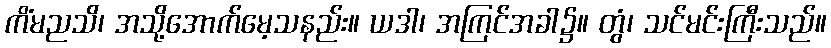
ကိံမညသိ၊ အသို့အောက်မေ့သနည်း။ ယဒါ၊ အကြင်အခါ၌။ တွံ၊ သင်မင်းကြီးသည်။